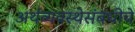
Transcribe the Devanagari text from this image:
अर्थव्यवस्थेसंबंधीचे